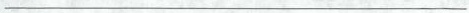
___